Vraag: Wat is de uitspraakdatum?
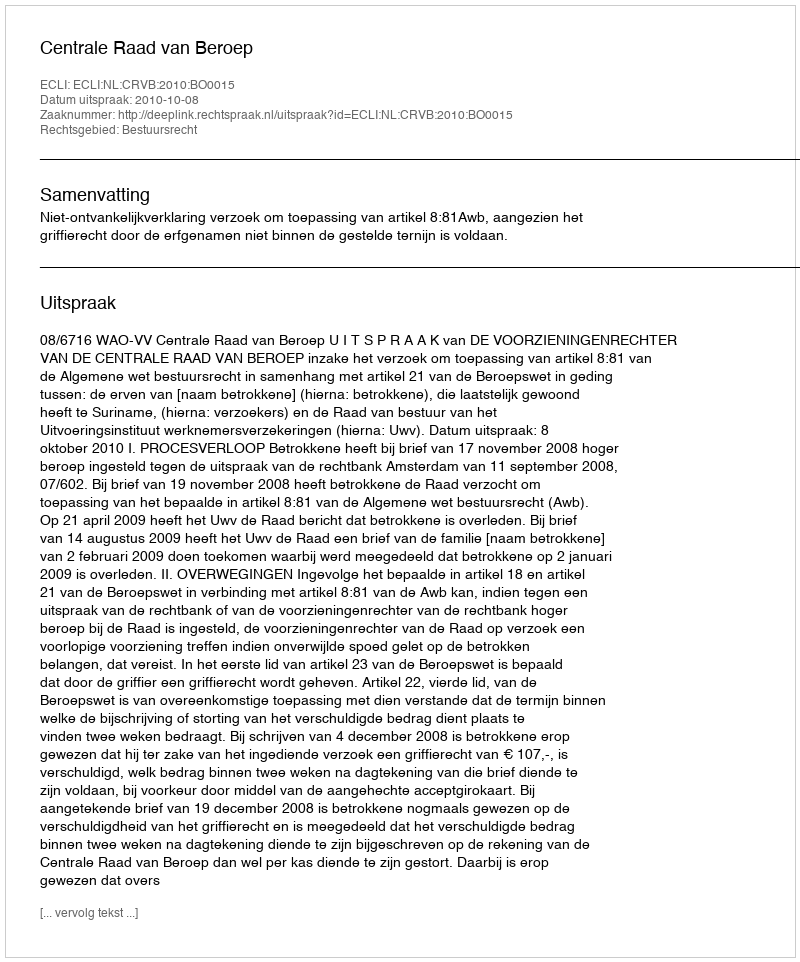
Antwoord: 2010-10-08